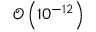
\mathcal { O } \left( 1 0 ^ { - 1 2 } \right)